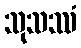
သုသဿံ